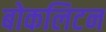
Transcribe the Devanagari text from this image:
बोकलिटन